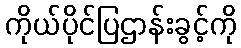
ကိုယ်ပိုင်ပြဌာန်းခွင့်ကို